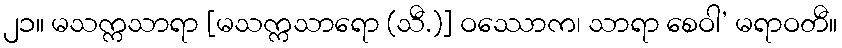
၂၁။ မသက္ကသာရာ [မသက္ကသာရော (သီ.)] ဝဿောက၊ သာရာ စေဝါ’ မရာဝတီ။